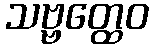
သဗ္ဗတ္ထေဝ